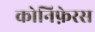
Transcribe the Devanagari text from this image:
कोनिफ़ेरस